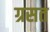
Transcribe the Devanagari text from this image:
ग्रसत